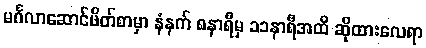
မင်္ဂလာဆောင်ဖိတ်စာမှာ နံနက် ၈နာရီမှ ၁၁နာရီအထိ ဆိုထားလေရာ